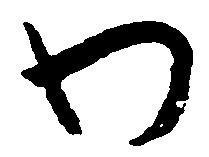
わ